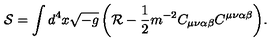
\mathcal { S } = \int { d ^ { 4 } x \sqrt { - g } \left( \mathcal { R } - \frac { 1 } { 2 } m ^ { - 2 } C _ { \mu \nu \alpha \beta } C ^ { \mu \nu \alpha \beta } \right) } .